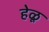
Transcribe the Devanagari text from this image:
हेळू